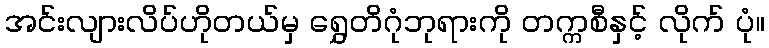
အင်းလျားလိပ်ဟိုတယ်မှ ရွှေတိဂုံဘုရားကို တက္ကစီနှင့် လိုက် ပုံ။